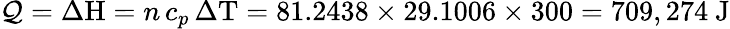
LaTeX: \mathcal{Q}={\Delta\mathrm{{H}}}=n\, c_{p}\, \Delta\mathrm{{T}}=81.2438\times29.1006\times300=709,274{\mathrm{{~J}}}